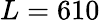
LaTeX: L=610